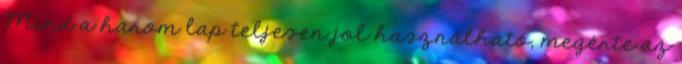
Mind a harom lap teljesen jol használható, megérte az